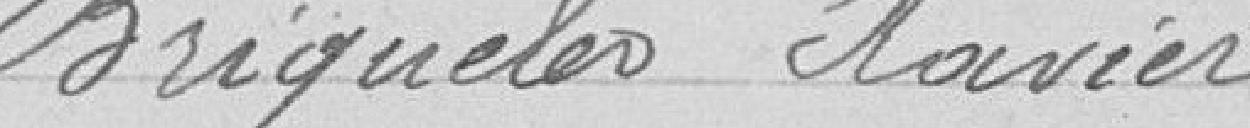
Briqueler Xavier